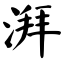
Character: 湃